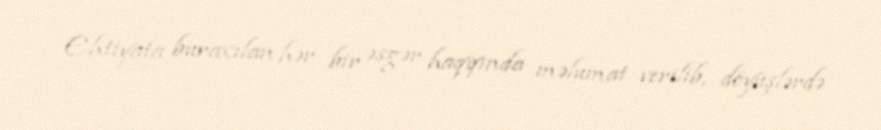
Ehtiyata buraxılan hər bir əsgər haqqında məlumat verilib, döyüşlərdə